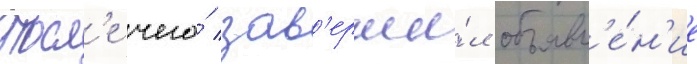
Посл'е чего́ зав'ерши́л объявл'е́н'ие